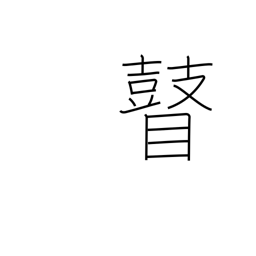
Meaning: blind person